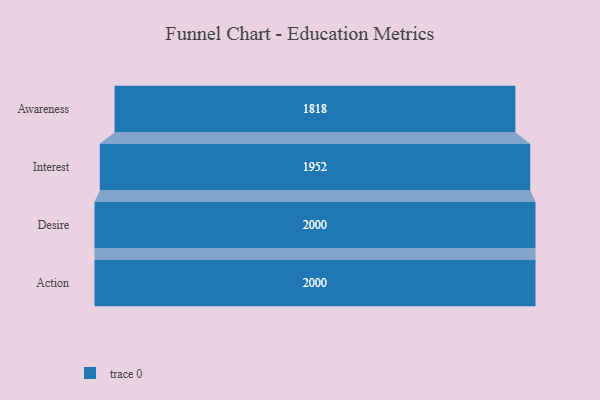
{"axis": {"x": "Stage", "y": "Value"}, "legend": [""], "data": [{"x": "Awareness", "y": 1818.0, "type": ""}, {"x": "Interest", "y": 1952.0, "type": ""}, {"x": "Desire", "y": 2000, "type": ""}, {"x": "Action", "y": 2000, "type": ""}]}